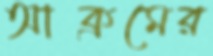
আক্রমের